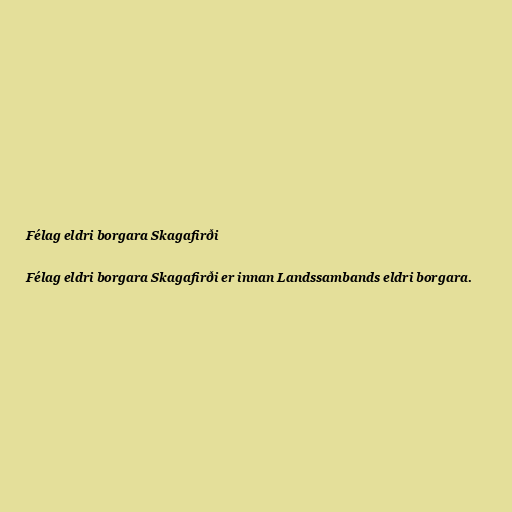
Félag eldri borgara Skagafirði

Félag eldri borgara Skagafirði er innan Landssambands eldri borgara.